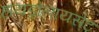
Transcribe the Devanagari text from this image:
हायड्रोलायसेट